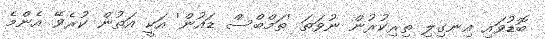
ބޮޑުވައި އިނގިލި ތިރިކުރުން ނުވަތަ 'ތަމްބްސް ޑައުން' އަކީ އަތުން ކުރެވޭ އެންމެ